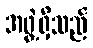
အဖွဲ့ရှိသည်